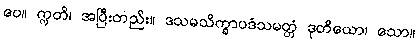
ပေ။ ဣတိ၊ အပြီးတည်း။ ဒသမသိက္ခာပဒံသမတ္တံ ဒုတိယော၊ သော။